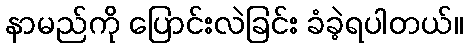
နာမည်ကို ပြောင်းလဲခြင်း ခံခဲ့ရပါတယ်။